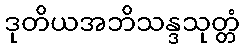
ဒုတိယအဘိသန္ဒသုတ္တံ